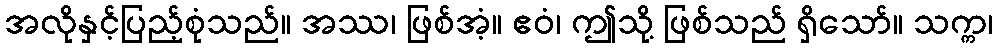
အလိုနှင့်ပြည့်စုံသည်။ အဿ၊ ဖြစ်အံ့။ ဧဝံ၊ ဤသို့ ဖြစ်သည် ရှိသော်။ သက္က၊